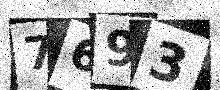
Text: 7693